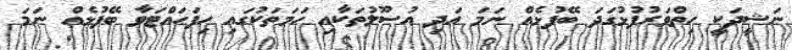
ނަޝީދަކީ ހިތްވަރުފުޅުގަދަ ބޭފުޅެއް ނަމަ އަދި އުސޫލުތަކާއި ހަމަތަކުގައި ހިފަހައްޓަވާ ބޭފުޅެއް ނަމަ